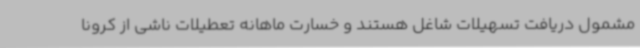
مشمول دریافت تسهیلات شاغل هستند و خسارت ماهانه تعطیلات ناشی از کرونا